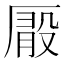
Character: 𠪘